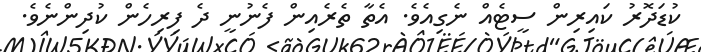
ކުޑަދޮރު ކައިރިން ސީޓެއް ނެގިއެވެ. އެތާ ތެރެއިން ފެނުނީ ދެ ފިރިހެން ކުދިންނެވެ.